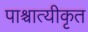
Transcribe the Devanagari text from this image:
पाश्चात्यीकृत